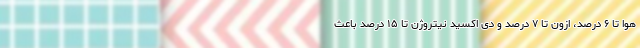
هوا تا ۶ درصد، ازون تا ۷ درصد و دی اکسید نیتروژن تا ۱۵ درصد باعث